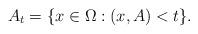
LaTeX: \begin{align*} A_t = \{x\in\Omega : (x,A) < t\}.\end{align*}